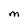
Character: M